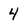
Character: 4